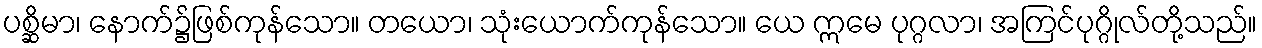
ပစ္ဆိမာ၊ နောက်၌ဖြစ်ကုန်သော။ တယော၊ သုံးယောက်ကုန်သော။ ယေ ဣမေ ပုဂ္ဂလာ၊ အကြင်ပုဂ္ဂိုလ်တို့သည်။